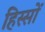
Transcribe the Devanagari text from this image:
हिस्सों